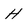
Character: H